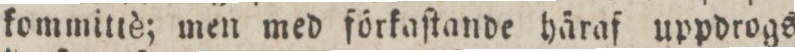
kommitè; men med förkaſtande häraf uppdrogs